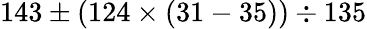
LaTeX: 143\pm(124\times(31-35))\div 135